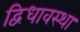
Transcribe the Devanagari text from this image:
द्विधावस्था